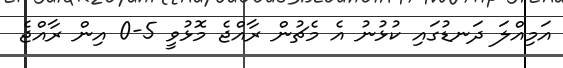
އަމިއްލަ ދަނޑުގައި ކުޅުނު އެ މެޗުން ރާއްޖެ މޮޅުވީ 5-0 އިން ރާއްޖެ